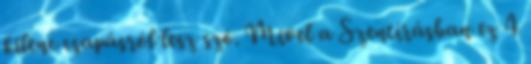
kilenc csapásról lesz szó. Mivel a Szentírásban ez 4